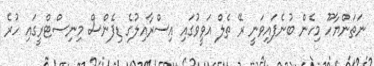
ނަތަންޔާހޫ މިހެން ބުނެފައިވަނީ ރޭ ތެލް އަވީވުގައި އިސްރާއިލުގެ ޑިފެންސް މިނިސްޓްރީގައި ހުރެ